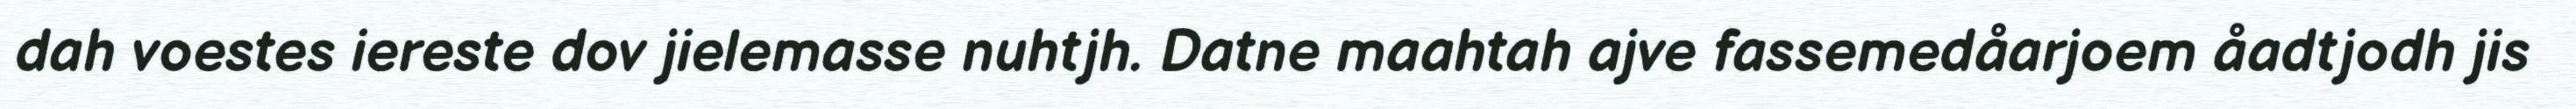
dah voestes iereste dov jielemasse nuhtjh. Datne maahtah ajve fassemedåarjoem åadtjodh jis